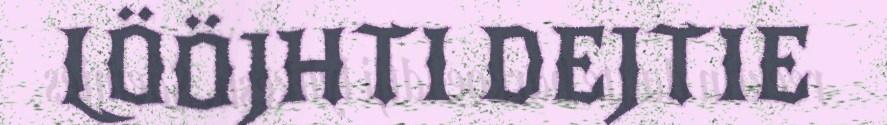
LÖÖJHTI DEJTIE